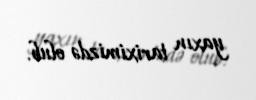
yaxın tariximizdə olub.